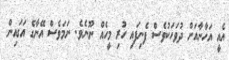
އެއީ އަހާނާއަށް ދުވަހަކުވެސް ފެނިފައި ހުރި މީހެއް ނޫނެވެ. ނަމަވެސް އޭނާގެ އަގައިން